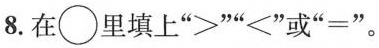
8.在\bigcirc里填上”＞””<”或”=”。